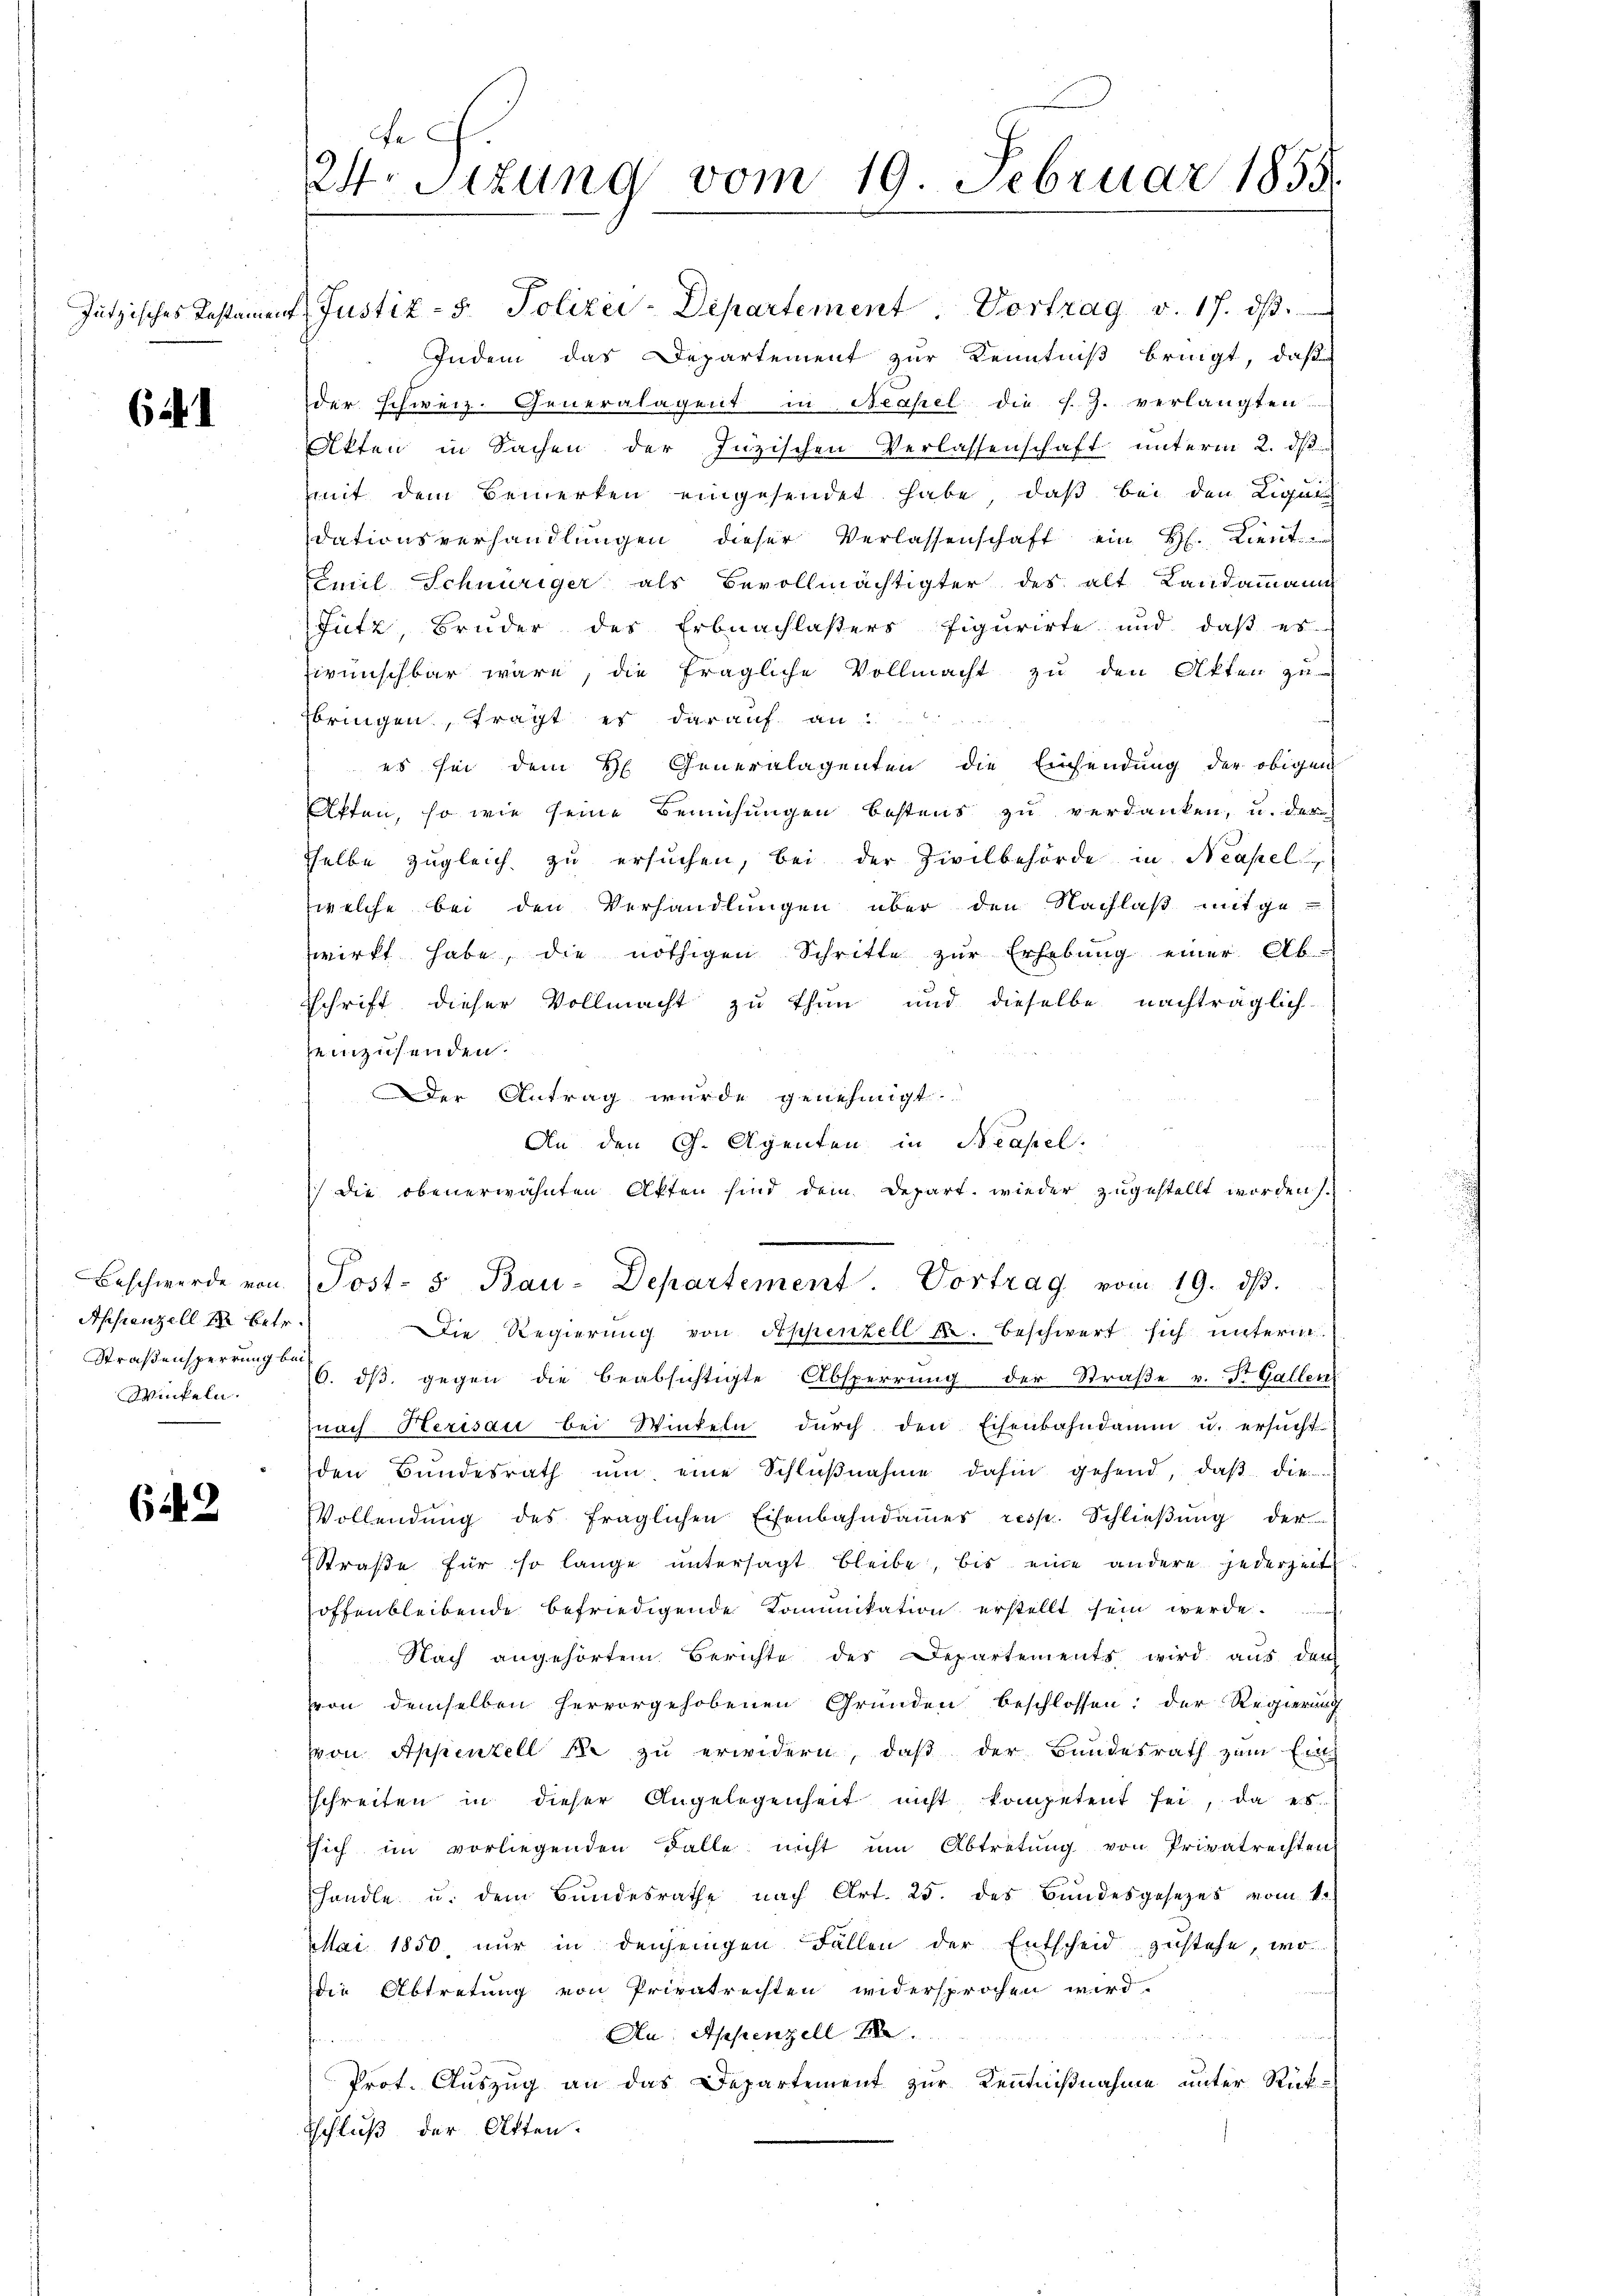
(i 1

Apfienzell in Betr.
Straßensperrung bei

649

e
24. Sizung vom 19. Februar 1858.

Jützisches Testament Justiz- & Polizei-Departement Vortrag v. 17. dβ.
Indem das Departement zur Kenntniß bringt, daß
der Schweiz. Generalagent in Neapel die s. Z. verlangten
Akten in Sachen der Inzischen Verlassenschaft unterm 2. d.
mit dem Bemerken eingesendet habe, daß bei den Ligal
dationsverhandlungen dieser Verlassenschaft ein H. Lieut
Emil Schnüriger als Bevollmächtigter des alt Landammann
Fütz, Bruder des Erbnachlassers figurirte und daß es
wünschbar wäre, die fragliche Vollmacht zu den Akten zu
Ebringen, fragt es darauf an:
es sei dem H. Generalagenten die Einsendung der obigen
Affen, so wie seine Bemühungen bestens zu verdanken, u. der
sselbe zugleich zu ersuchen, bei der Zivilbehörde in Neapel
welche bei den Verhandlungen über den Nachlaß mitgewirkt habe, die nöthigen Schritte zŭr Erhebŭng einer Ab-
sschrift dieser Vollmacht zu thun und dieselbe nachträglich-
einzusenden.
Der Antrag wurde genehmigt.
An den G. Agenten in Neapel.
die obenerwähnten Akten sind dem Depart, wieder zugestellt worden.
Beschwerde von Post- u Bau-Departement. Vortrag vom 19. dβ.
Die Regierŭng von Appenzell u. beschwert sich unterm
Winkeln. . dβ gegen die beabsichtigte Absperrŭng der Straβe v. St. Gallen
nach Herisau bei Winteln dŭrch den Eisenbahndamm u. ersŭcht
den Bundesrath ŭm eine Schlŭβnahme dahin gehend, daβ die
Vollendung des fraglichen Eisenbahndammes resp. Schließung der
Straße für so lange untersagt bleibe, bis eine andere jederzeit
offenbleibende befriedigende Komunikation erstellt sein werde.
Nach angehörtem Berichte des Departements wird aus den
von demselben hervorgehobenen Grunden beschlossen: der Regierung
von Appenzell Se zu erwidern, daß der Bundesrath zum Einsschreiten in dieser Angelegenheit nicht kompetent sei, da es
ssich im vorliegenden Falle nicht ŭm Abtretŭng von Privatrechten
handle u. dem Bŭndesrathe nach Art. 25. des Bundesgesezes vom k.
Mai 1850, nur in denjenigen Fällen der Entscheid zustehe, wo
die Abtretung von Privatrechten widersprochen wird.
Au, Appenzell
22
Prot. Auszug an das Departement zur Kenntnißnahme unter Rücktschluß der Otten.